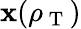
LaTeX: \mathbf{x}(\rho_{\mathrm{{~T~}}})